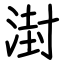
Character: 湗